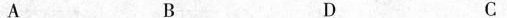
A B C D